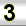
Digit: 3